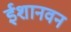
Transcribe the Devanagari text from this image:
ईशानवन